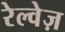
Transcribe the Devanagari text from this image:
रेल्वेज़